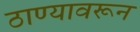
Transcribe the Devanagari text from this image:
ठाण्यावरून